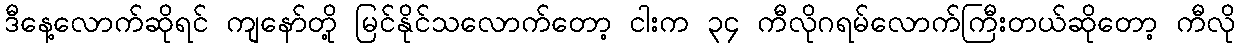
ဒီနေ့လောက်ဆိုရင် ကျနော်တို့ မြင်နိုင်သလောက်တော့ ငါးက ၃၄ ကီလိုဂရမ်လောက်ကြီးတယ်ဆိုတော့ ကီလို